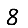
Digit: 8